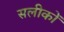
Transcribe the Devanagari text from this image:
सलीकों